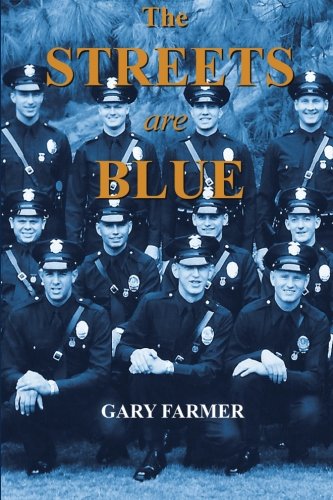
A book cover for The Streets Are Blue: True Tales of Service from the Front Lines of the Los Angeles Police Department; Gary Farmer; Biographies & Memoirs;